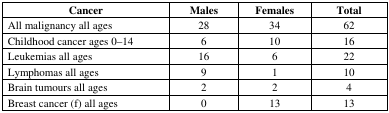
<table><thead><tr><td><b>Cancer</b></td><td><b>Males</b></td><td><b>Females</b></td><td><b>Total</b></td></tr></thead><tbody><tr><td>All malignancy all ages</td><td>28</td><td>34</td><td>62</td></tr><tr><td>Childhood cancer ages 0–14</td><td>6</td><td>10</td><td>16</td></tr><tr><td>Leukemias all ages</td><td>16</td><td>6</td><td>22</td></tr><tr><td>Lymphomas all ages</td><td>9</td><td>1</td><td>10</td></tr><tr><td>Brain tumours all ages</td><td>2</td><td>2</td><td>4</td></tr><tr><td>Breast cancer (f) all ages</td><td>0</td><td>13</td><td>13</td></tr></tbody></table>